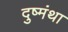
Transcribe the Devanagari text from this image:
दुष्मंथा